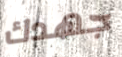
جهدك